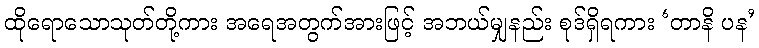
ထိုရောသောသုတ်တို့ကား အရေအတွက်အားဖြင့် အဘယ်မျှနည်း စုဒ်ရှိရကား ‘တာနိ ပန’